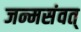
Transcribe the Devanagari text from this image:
जन्मसंवत्